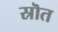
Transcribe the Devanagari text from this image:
स्रॊत